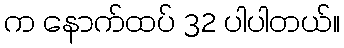
က နောက်ထပ် 32 ပါပါတယ်။